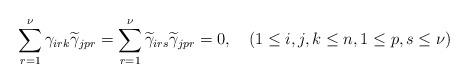
LaTeX: \begin{align*}\sum_{r=1}^{\nu}\gamma_{irk}\widetilde{\gamma}_{jpr}=\sum_{r=1}^{\nu}\widetilde{\gamma}_{irs}\widetilde{\gamma}_{jpr}=0,\quad\left(1\leq i,j,k\leq n,1\leq p,s\leq\nu\right)\end{align*}